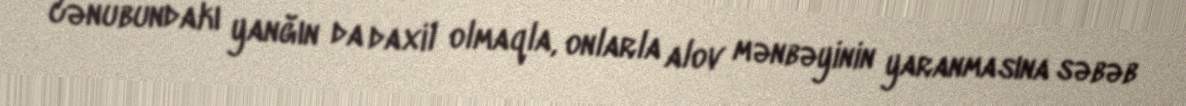
cənubundakı yanğın da daxil olmaqla, onlarla alov mənbəyinin yaranmasına səbəb